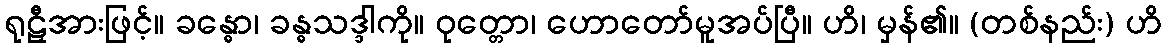
ရုဠှီအားဖြင့်။ ခန္ဓော၊ ခန္ဓသဒ္ဒါကို။ ဝုတ္တော၊ ဟောတော်မူအပ်ပြီ။ ဟိ၊ မှန်၏။ (တစ်နည်း) ဟိ